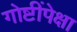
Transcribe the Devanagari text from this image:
गोष्टींपेक्षा